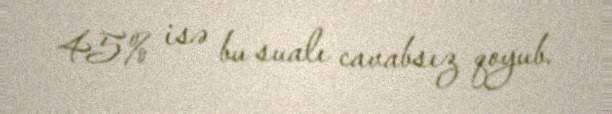
45% isə bu sualı cavabsız qoyub.